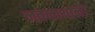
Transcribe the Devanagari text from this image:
नवनाथानी